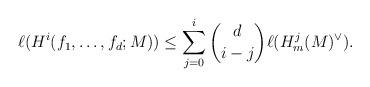
LaTeX: \begin{align*} \ell(H^i(f_1, \ldots, f_d;M)) \leq \sum_{j = 0}^{i} {d \choose i-j} \ell(H^j_m(M)^\vee). \end{align*}